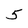
Character: 5